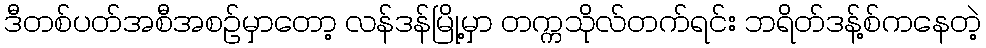
ဒီတစ်ပတ်အစီအစဉ်မှာတော့ လန်ဒန်မြို့မှာ တက္ကသိုလ်တက်ရင်း ဘရိတ်ဒန့်စ်ကနေတဲ့